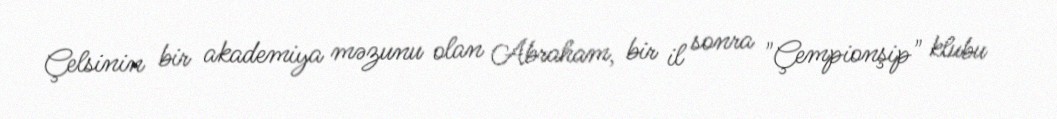
Çelsinin bir akademiya məzunu olan Abraham, bir il sonra "Çempionşip" klubu